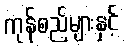
ကုန်စည်များနှင့်